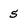
Character: 5